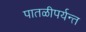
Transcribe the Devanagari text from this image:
पातळीपर्यन्त